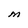
Character: M